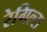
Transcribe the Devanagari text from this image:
रेगिल्स